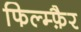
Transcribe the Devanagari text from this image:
फिल्म्फ़ैर